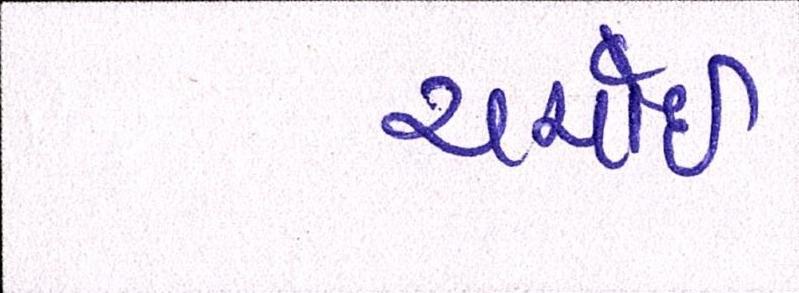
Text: ચર્ચાઇ